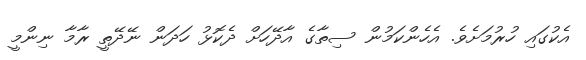
އެކުގައި ހުރުމަށެވެ. އެހެންކަމުން ސިތާގެ އާދޭހަށް ދެކޮޅު ހަދަން ނޭދޭތީ ރާމާ ނިންމީ